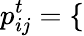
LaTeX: p_{ij}^{t}=\left\{ \begin{array}{ll}{\begin{array}{rlr}\end{array}}\end{array}\right.